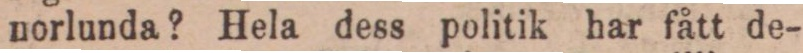
norlunda? Hela dess politik har fått de-